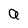
Character: a